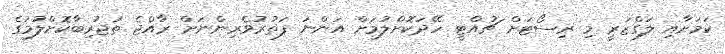
ކަމަށާއި ލަގްޒަރީ މި ރިސޯޓަށް ޗުއްޓީ ހޭދަކޮށްލުމަށް އަންނަ ފަތުރުވެރިންނަށް ރާއްޖެ ތަޖުރިބާކޮށްލުމުގެ